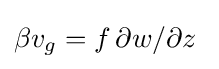
\beta v_{g}=f\,\partial {w}/\partial {z}\